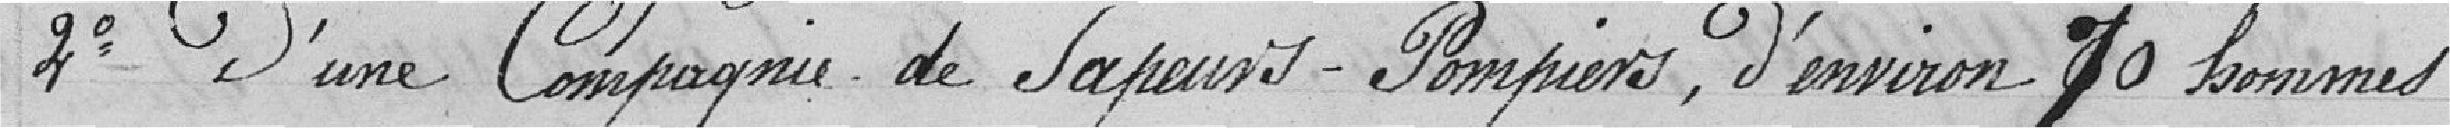
2° D'une Compagnie de Sapeurs-Pompiers, d'environ 70 hommes